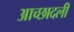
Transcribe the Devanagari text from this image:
आच्छादली